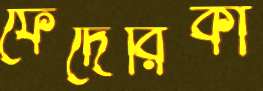
ফেদেরিকা